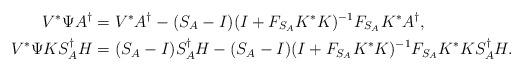
LaTeX: \begin{align*}V^{\ast}\Psi A^{\dagger}&=V^{\ast}A^{\dagger}-(S_{A}-I)(I+F_{S_{A}}K^{\ast}K)^{-1}F_{S_{A}}K^{\ast}A^{\dagger},\\V^{\ast}\Psi KS_{A}^{\dagger}H&=(S_{A}-I)S_{A}^{\dagger}H-(S_{A}-I)(I+F_{S_{A}}K^{\ast}K)^{-1}F_{S_{A}}K^{\ast}KS_{A}^{\dagger}H.\end{align*}